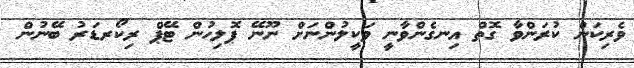
ވެރިކަން ކުރަންވާ ގޮތް އިނގެންވާނީ ވަކީލުންނަށް ނޫނޭ ޕޮލިހުން ޓޭޕް ރިކޯރޑަރު ބޭނުން